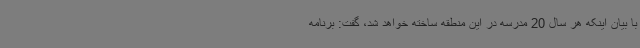
با بیان اینکه هر سال 20 مدرسه در این منطقه ساخته خواهد شد، گفت: برنامه